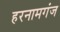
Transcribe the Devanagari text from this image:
हरनामगंज